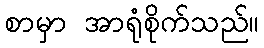
စာမှာ အာရုံစိုက်သည်။